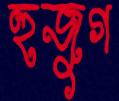
হুজুগ